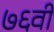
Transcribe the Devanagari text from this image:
७६वी